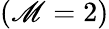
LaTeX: (\mathscr{M}=2)